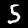
Digit: 5